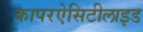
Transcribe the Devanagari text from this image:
कापरऐसिटीलाइड